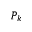
P _ { k }